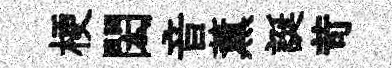
梗閎音薫誕苛